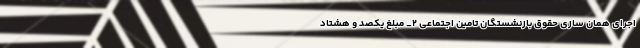
اجرای همان سازی حقوق بازنشستگان تامین اجتماعی ۲_ مبلغ یکصد و هشتاد